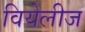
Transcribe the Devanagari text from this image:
वियेलीज